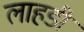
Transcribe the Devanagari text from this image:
लाहडी